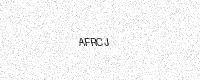
Text: AFRCJ